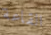
القاعة